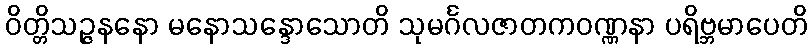
ဝိတ္တိသဉ္ဇနနော မနောသန္ဒောသောတိ သုမင်္ဂလဇာတကဝဏ္ဏနာ ပရိဗ္ဘမာပေတိ